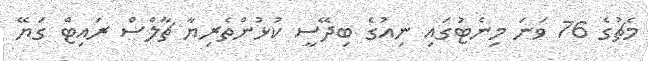
މެޗުގެ 76 ވަނަ މިނެޓުގައި ނިއުގެ ބިދޭސީ ކުޅުންތެރިޔާ ޗާލްސް ރައިޓް ގަޔޭ